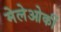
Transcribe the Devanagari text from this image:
मेलेओर्की